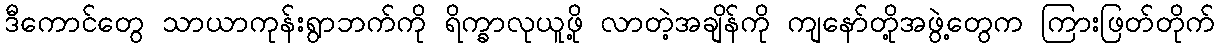
ဒီကောင်တွေ သာယာကုန်းရွာဘက်ကို ရိက္ခာလုယူဖို့ လာတဲ့အချိန်ကို ကျနော်တို့အဖွဲ့တွေက ကြားဖြတ်တိုက်